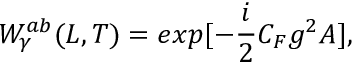
{ \cal W } _ { \gamma } ^ { a b } ( L , T ) = e x p [ - { \frac { i } { 2 } } C _ { F } g ^ { 2 } { \cal A } ] ,